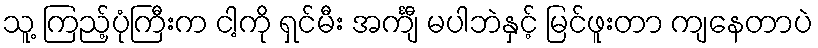
သူ့ ကြည့်ပုံကြီးက ငါ့ကို ရှင်မီး အင်္ကျီ မပါဘဲနှင့် မြင်ဖူးတာ ကျနေတာပဲ